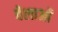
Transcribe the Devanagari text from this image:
वेलाओं